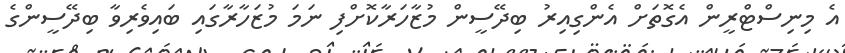
އެ މިނިސްޓްރީން އެގޮތަށް އެންގިއިރު ބިދޭސީން މުޒާހަރާކޮށްފި ނަމަ މުޒަހާރާގައި ބައިވެރިވާ ބިދޭސީންގެ